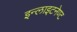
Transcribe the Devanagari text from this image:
इन्लाइटनेण्ट